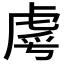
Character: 𮓣